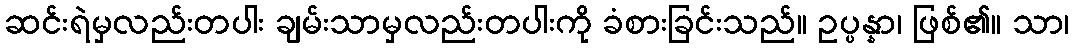
ဆင်းရဲမှလည်းတပါး ချမ်းသာမှလည်းတပါးကို ခံစားခြင်းသည်။ ဥပ္ပန္နာ၊ ဖြစ်၏။ သာ၊